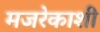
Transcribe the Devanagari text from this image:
मजरेकाशी